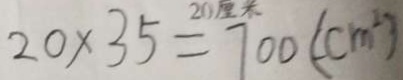
2 0 \times 3 5 = 7 0 0 ( c m ^ { 2 } )